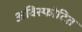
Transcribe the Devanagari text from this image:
अविस्फोटित